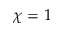
\chi = 1